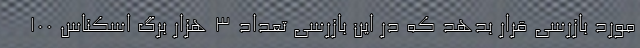
مورد بازرسی قرار بدهد که در این بازرسی تعداد ۳ هزار برگ اسکناس ۱۰۰